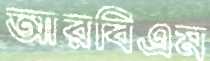
আরবিএম